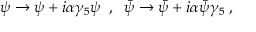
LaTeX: \psi \to \psi + i \alpha \gamma _ { 5 } \psi \; \; , \; \; { \bar { \psi } } \to { \bar { \psi } } + i \alpha { \bar { \psi } } \gamma _ { 5 } \; ,